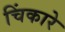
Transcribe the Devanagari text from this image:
चिंकारे